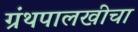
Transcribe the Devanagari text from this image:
ग्रंथपालखीचा